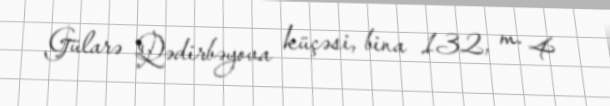
Gülarə Qədirbəyova küçəsi, bina 132, m. 4